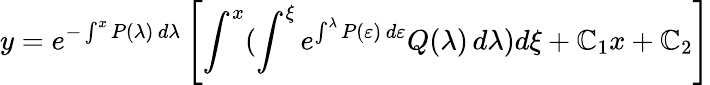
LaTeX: y=e^{-\int^{x}P(\lambda)\, d\lambda}\left[\int^{x}(\int^{\xi}e^{\int^{\lambda}P(\varepsilon)\, d\varepsilon}Q(\lambda)\, d\lambda)d\xi+\mathbb{C}_{1}x+\mathbb{C}_{2}\right]